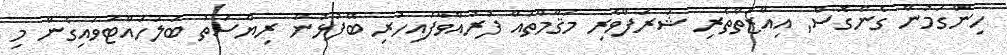
ހިންގަމުން ގެންގޮސް